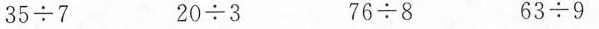
$$3 5 \div 7$$ $$2 0 \div 3$$ $$7 6 \div 8$$ $$6 3 \div 9$$